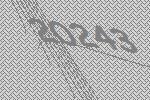
20243